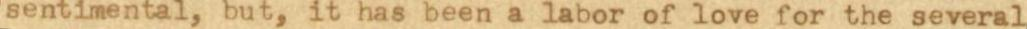
sentimental, but, it has been a labor of love for the several